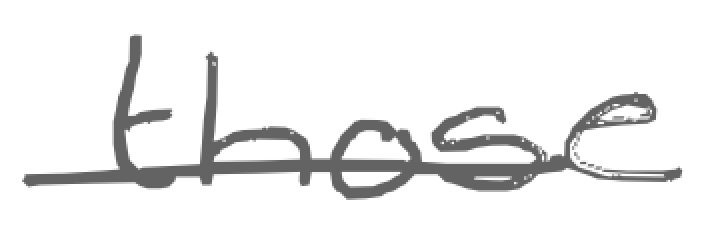
Text: those
Cross-out: single-line
Writing tool: digital_gray